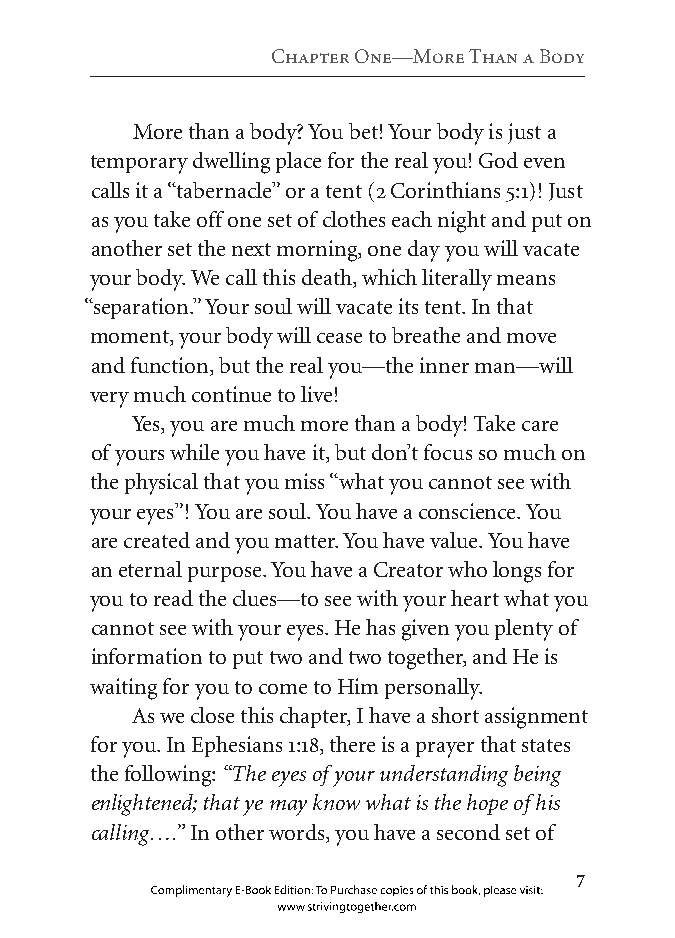
Chapter One—More than a Body
 More than a body? You bet! Your body is just a
 temporary dwelling place for the real you! God even
 calls it a “tabernacle” or a tent (2 Corinthians 5:1)! Just
 as you take off one set of clothes each night and put on
 another set the next morning, one day you will vacate
 your body. We call this death, which literally means
 “separation.” Your soul will vacate its tent. In that
 moment, your body will cease to breathe and move
 and function, but the real you—the inner man—will
 very much continue to live!
 Yes, you are much more than a body! Take care
 of yours while you have it, but don’t focus so much on
 the physical that you miss “what you cannot see with
 your eyes”! You are soul. You have a conscience. You
 are created and you matter. You have value. You have
 an eternal purpose. You have a Creator who longs for
 you to read the clues—to see with your heart what you
 cannot see with your eyes. He has given you plenty of
 information to put two and two together, and He is
 waiting for you to come to Him personally.
 As we close this chapter, I have a short assignment
 for you. In Ephesians 1:18, there is a prayer that states
 the following: “The eyes of your understanding being
 enlightened; that ye may know what is the hope of his
 calling….” In other words, you have a second set of
 
 Complimentary E-Book Edition: To Purchase copies of this book, please visit:
 www.strivingtogether.com